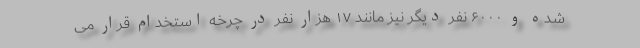
شده و ۶۰۰۰ نفر دیگر نیز مانند ۱۷ هزار نفر در چرخه استخدام قرار می